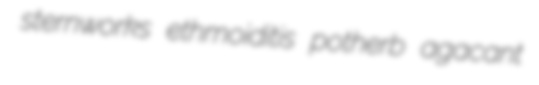
sternworks ethmoiditis potherb agacant